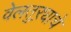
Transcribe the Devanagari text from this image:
वेलतुऱ्याचे